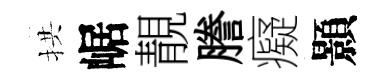
拱崌靚謄癡顥